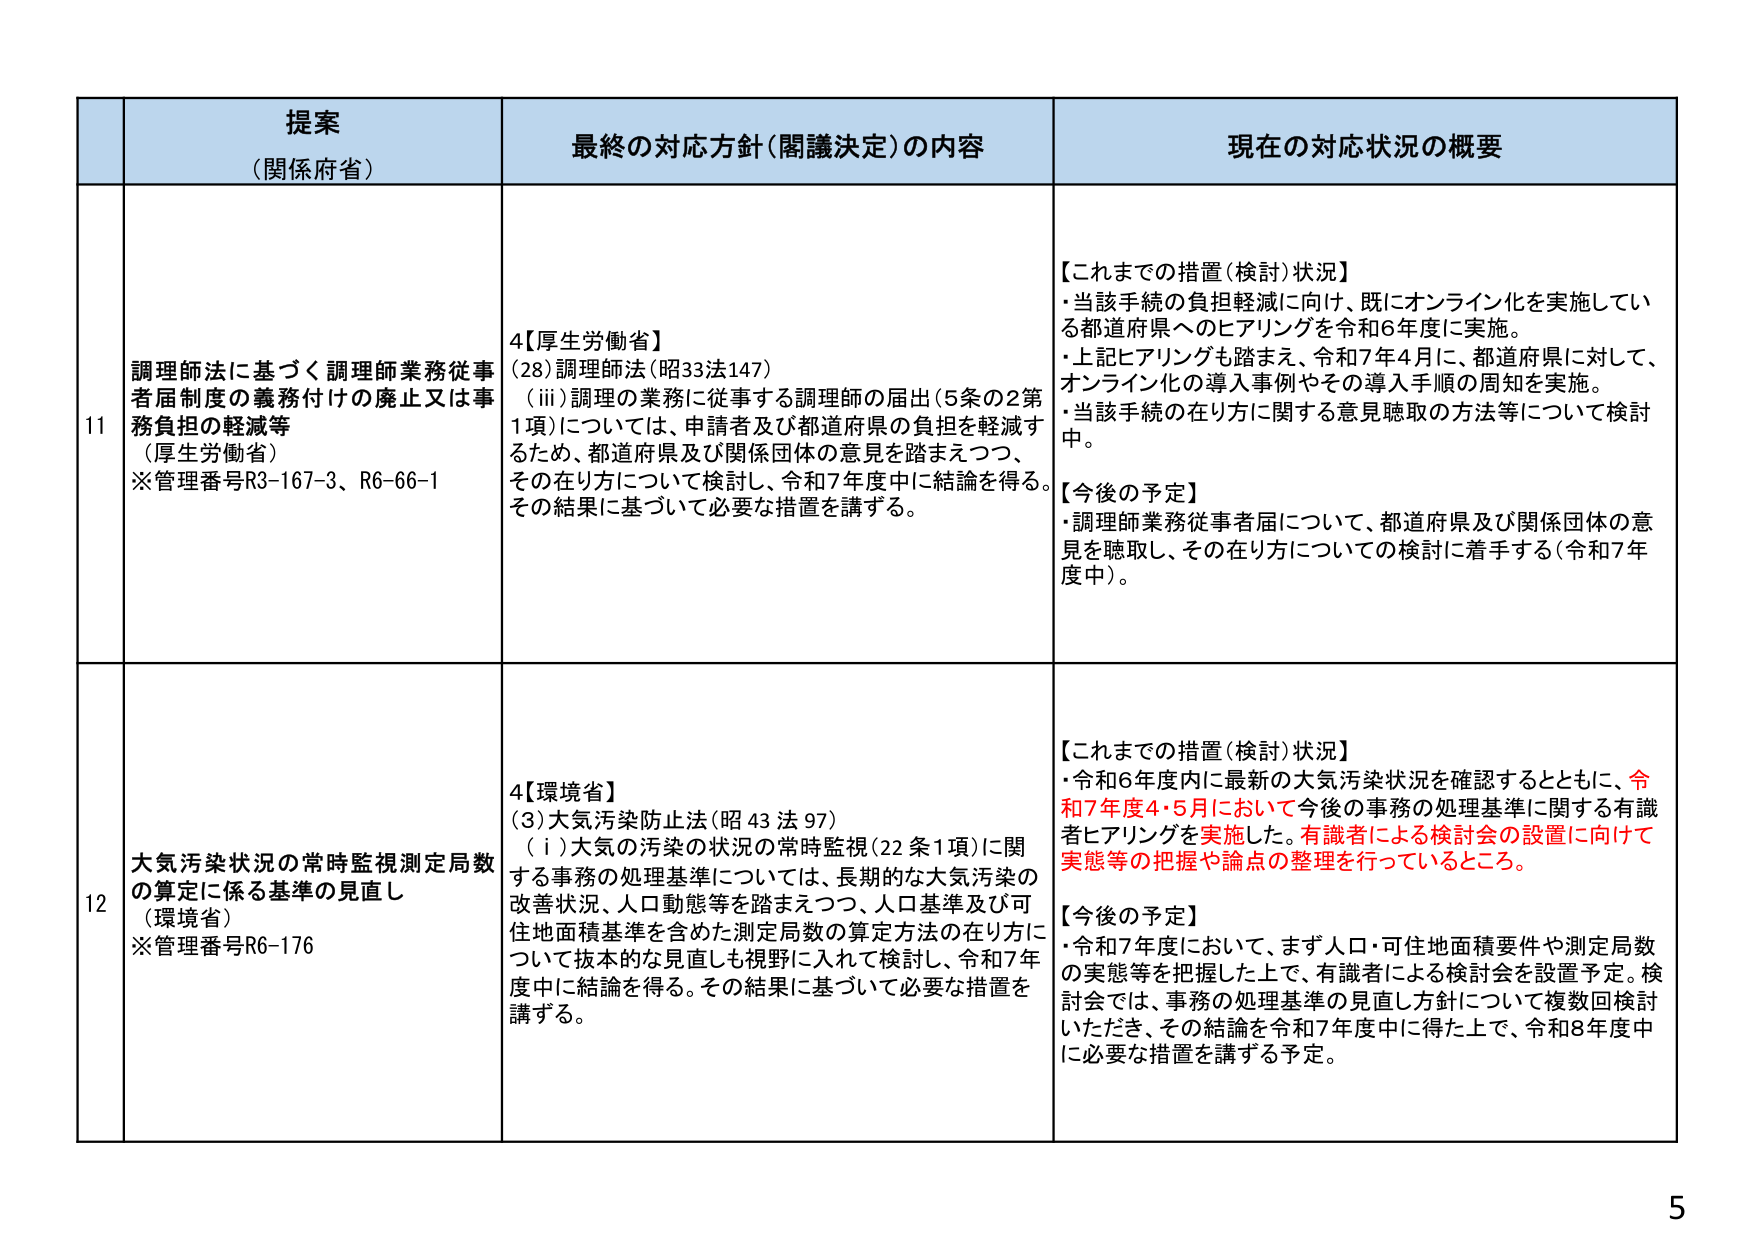
提案
（関係府省）

最終の対応方針（閣議決定）の内容

現在の対応状況の概要

11
調理師法に基づく調理師業務従事者届制度の義務付けの廃止又は事務負担の軽減等
（厚生労働省）
※管理番号R3-167-3、R6-66-1

4【厚生労働省】
(28)調理師法（昭33法147）
（iii）調理の業務に従事する調理師の届出（5条の2第1項）については、申請者及び都道府県の負担を軽減するため、都道府県及び関係団体の意見を踏まえつつ、その在り方について検討し、令和7年度中に結論を得る。その結果に基づいて必要な措置を講ずる。

【これまでの措置（検討）状況】
・当該手続の負担軽減に向け、既にオンライン化を実施している都道府県へのヒアリングを令和6年度に実施。
・上記ヒアリングも踏まえ、令和7年4月に、都道府県に対して、オンライン化の導入事例やその導入手順の周知を実施。
・当該手続の在り方に関する意見聴取の方法等について検討中。

【今後の予定】
・調理師業務従事者届について、都道府県及び関係団体の意見を聴取し、その在り方についての検討に着手する（令和7年度中）。

12
大気汚染状況の常時監視測定局数の算定に係る基準の見直し
（環境省）
※管理番号R6-176

4【環境省】
(3)大気汚染防止法（昭43法97）
（i）大気の汚染の状況の常時監視（22条1項）に関する事務の処理基準については、長期的な大気汚染の改善状況、人口動態等を踏まえつつ、人口基準及び可住地面積基準を含めた測定局数の算定方法の在り方について抜本的な見直しも視野に入れて検討し、令和7年度中に結論を得る。その結果に基づいて必要な措置を講ずる。

【これまでの措置（検討）状況】
・令和6年度内に最新の大気汚染状況を確認するとともに、令和7年度4・5月において今後の事務の処理基準に関する有識者ヒアリングを実施した。有識者による検討会の設置に向けて実態等の把握や論点の整理を行っているところ。

【今後の予定】
・令和7年度において、まず人口・可住地面積要件や測定局数の実態等を把握した上で、有識者による検討会を設置予定。検討会では、事務の処理基準の見直し方針について複数回検討いただき、その結論を令和7年度中に得た上で、令和8年度中に必要な措置を講ずる予定。

5